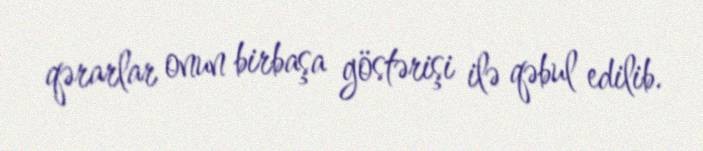
qərarlar onun birbaşa göstərişi ilə qəbul edilib.